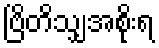
ဗြိတိသျှအစိုးရ